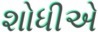
શોધીએ